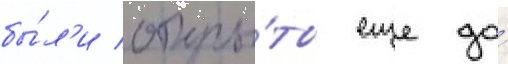
бы́л'и откры́ты еще до́